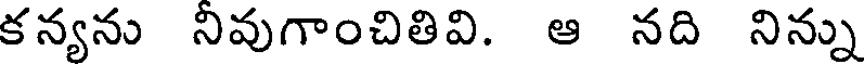
కన్యను నివుగాంచితివి. ఆ నది నిన్ను